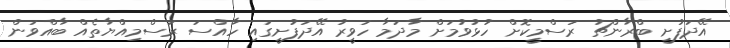
އޭދަފުށީ ބްރާންޗު ރަސްމީކޮށް ހުޅުވުމަށް މާދަމާ ހަވީރު އޭދަފުށީގައި ހާއްސަ ރަސްމިއްޔާތެއް ބާއްވަން